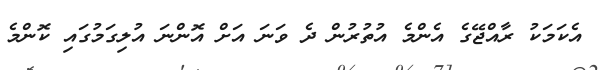
އެކަމަކު ރާއްޖޭގެ އެންމެ އުތުރުން ދެ ވަނަ އަށް އޮންނަ އުލިގަމުގައި ކޮންމެ